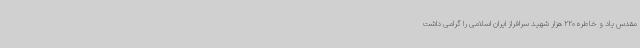
مقدس یاد و خاطره 220 هزار شهید سرافراز ایران اسلامی را گرامی داشت